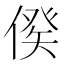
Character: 𠋳